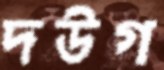
দউগ